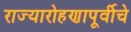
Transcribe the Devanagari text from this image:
राज्यारोहणापूर्वीचे